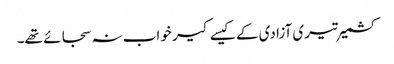
کشمیر تیری آزادی کے کیسے کیر خواب نہ سجائے تھے۔